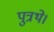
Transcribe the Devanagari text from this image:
पुत्रथे।